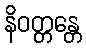
နိဝတ္တန္တေ